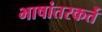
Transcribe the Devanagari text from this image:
भाषांतरकर्ते